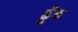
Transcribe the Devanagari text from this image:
ढ़ूँढ